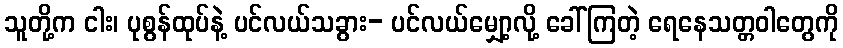
သူတို့က ငါး၊ ပုစွန်ထုပ်နဲ့ ပင်လယ်သခွား- ပင်လယ်မျှော့လို့ ခေါ်ကြတဲ့ ရေနေသတ္တဝါတွေကို